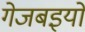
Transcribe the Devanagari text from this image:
गेजबइयों